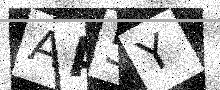
Text: AA5Y